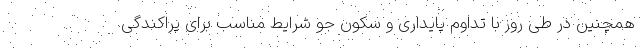
همچنین در طی روز با تداوم پایداری و سکون جو شرایط مناسب برای پراکندگی